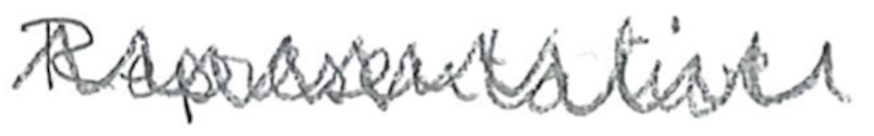
Text: Representative
Cross-out: zig-zag
Writing tool: pencil